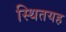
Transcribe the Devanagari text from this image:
स्थितयह